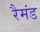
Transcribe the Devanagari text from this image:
रैमंड